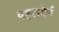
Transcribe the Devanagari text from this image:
वहलबेर्ग